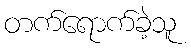
တက်ရောက်ခဲ့သူ